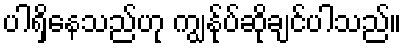
ပါရှိနေသည်ဟု ကျွန်ုပ်ဆိုချင်ပါသည်။